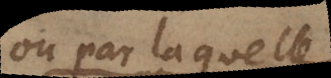
ou par laquelle